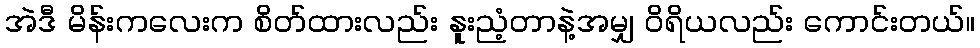
အဲဒီ မိန်းကလေးက စိတ်ထားလည်း နူးညံ့တာနဲ့အမျှ ဝိရိယလည်း ကောင်းတယ်။